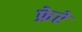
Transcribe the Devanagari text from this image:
फ्रेरे